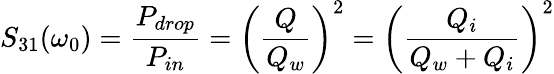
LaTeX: S_{31}(\omega_{0})=\frac{P_{drop}}{P_{in}}=\left(\frac{Q}{Q_{w}}\right)^{2}=\left(\frac{Q_{i}}{Q_{w}+Q_{i}}\right)^{2}